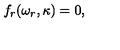
f _ { r } ( \omega _ { r } , \kappa ) = 0 ,